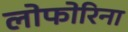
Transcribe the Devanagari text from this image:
लोफोरिना